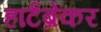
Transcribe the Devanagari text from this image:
हार्टब्रेकर